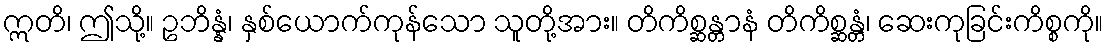
ဣတိ၊ ဤသို့။ ဥဘိန္နံ၊ နှစ်ယောက်ကုန်သော သူတို့အား။ တိကိစ္ဆန္တာနံ တိကိစ္ဆန္တံ၊ ဆေးကုခြင်းကိစ္စကို။